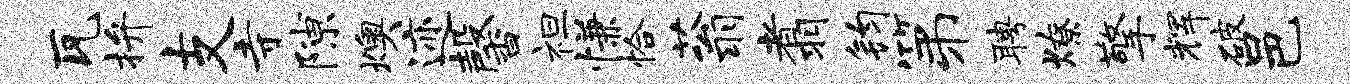
瓦拚支寺隙燠迹馨袒慊恰蓊翥钧第聘燎擎辉破邑